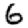
Digit: 6